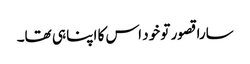
سارا قصور تو خود اس کا اپنا ہی تھا۔